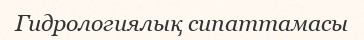
Гидрологиялық сипаттамасы